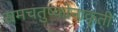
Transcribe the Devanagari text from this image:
समचतुष्कोनाकृती